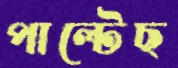
পাল্‌টেছ